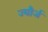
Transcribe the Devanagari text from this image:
ज्यौर्ज